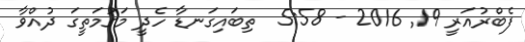
ފެބްރުއަރީ 19